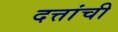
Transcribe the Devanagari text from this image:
दत्तांची